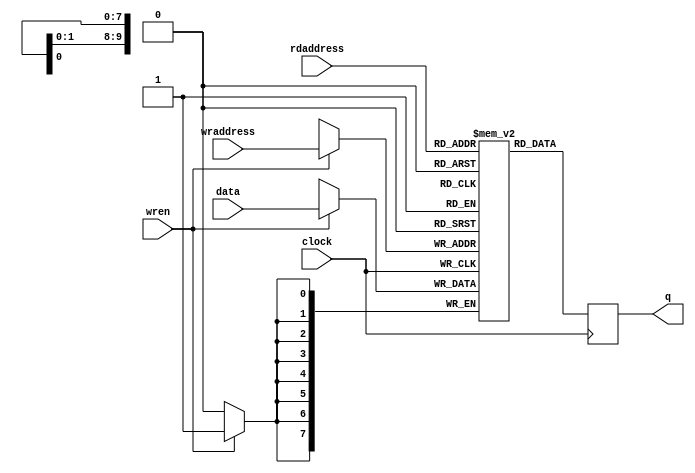
module image_ram( 
    output reg [7:0] q,
    input [7:0] data,
    input [9:0] rdaddress,wraddress,
    input wren, clock
);
	 // force M10K ram style
    reg [7:0] mem [1023:0]  /* synthesis ramstyle = "no_rw_check, M10K" */;
	 
    always @ (posedge clock) begin
        if (wren) begin
            mem[wraddress] <= data;
        end
        q <= mem[rdaddress]; // q doesn't get d in this clock cycle
    end
endmodule